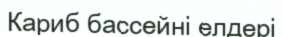
Кариб бассейні елдері